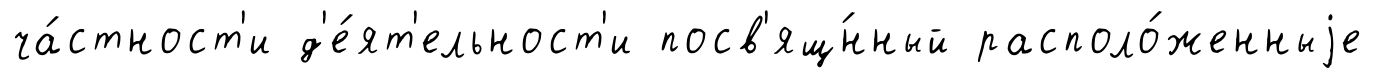
ча́стност'и д'е́ят'ельност'и посв'ящ́нный располо́женныjе